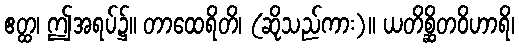
ဧတ္ထ၊ ဤအရပ်၌။ တာထေရိတိ၊ (ဆိုသည်ကား)။ ယတိစ္ဆိတဝိဟာရိ၊